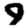
Digit: 9